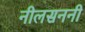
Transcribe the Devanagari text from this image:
नीलसननी